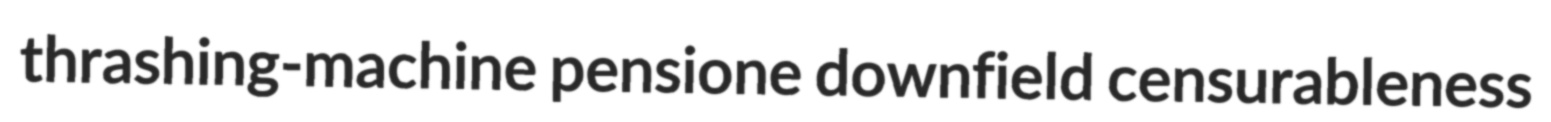
thrashing-machine pensione downfield censurableness